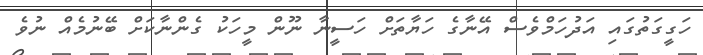
ހަގީގަތުގައި އަދުހަމްވެސް އޭނާގެ ހަޔާތަށް ހަސީނާ ނޫން މީހަކު ގެންނާކަށް ބޭނުމެއް ނުވެ